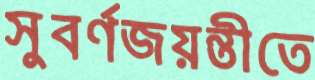
সুবর্ণজয়ন্তীতে